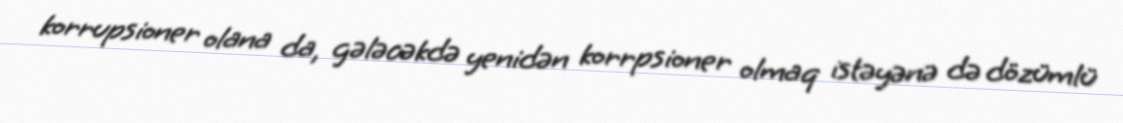
korrupsioner olana da, gələcəkdə yenidən korrpsioner olmaq istəyənə də dözümlü